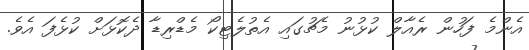
އެންމެ ފަހުން ރެއާލް ކުޅުނު މެޗުގައި އެތުލެޓިކޯ މެޑްރިޑާ ދެކޮޅަށް ކުޅެފަ އެވެ.